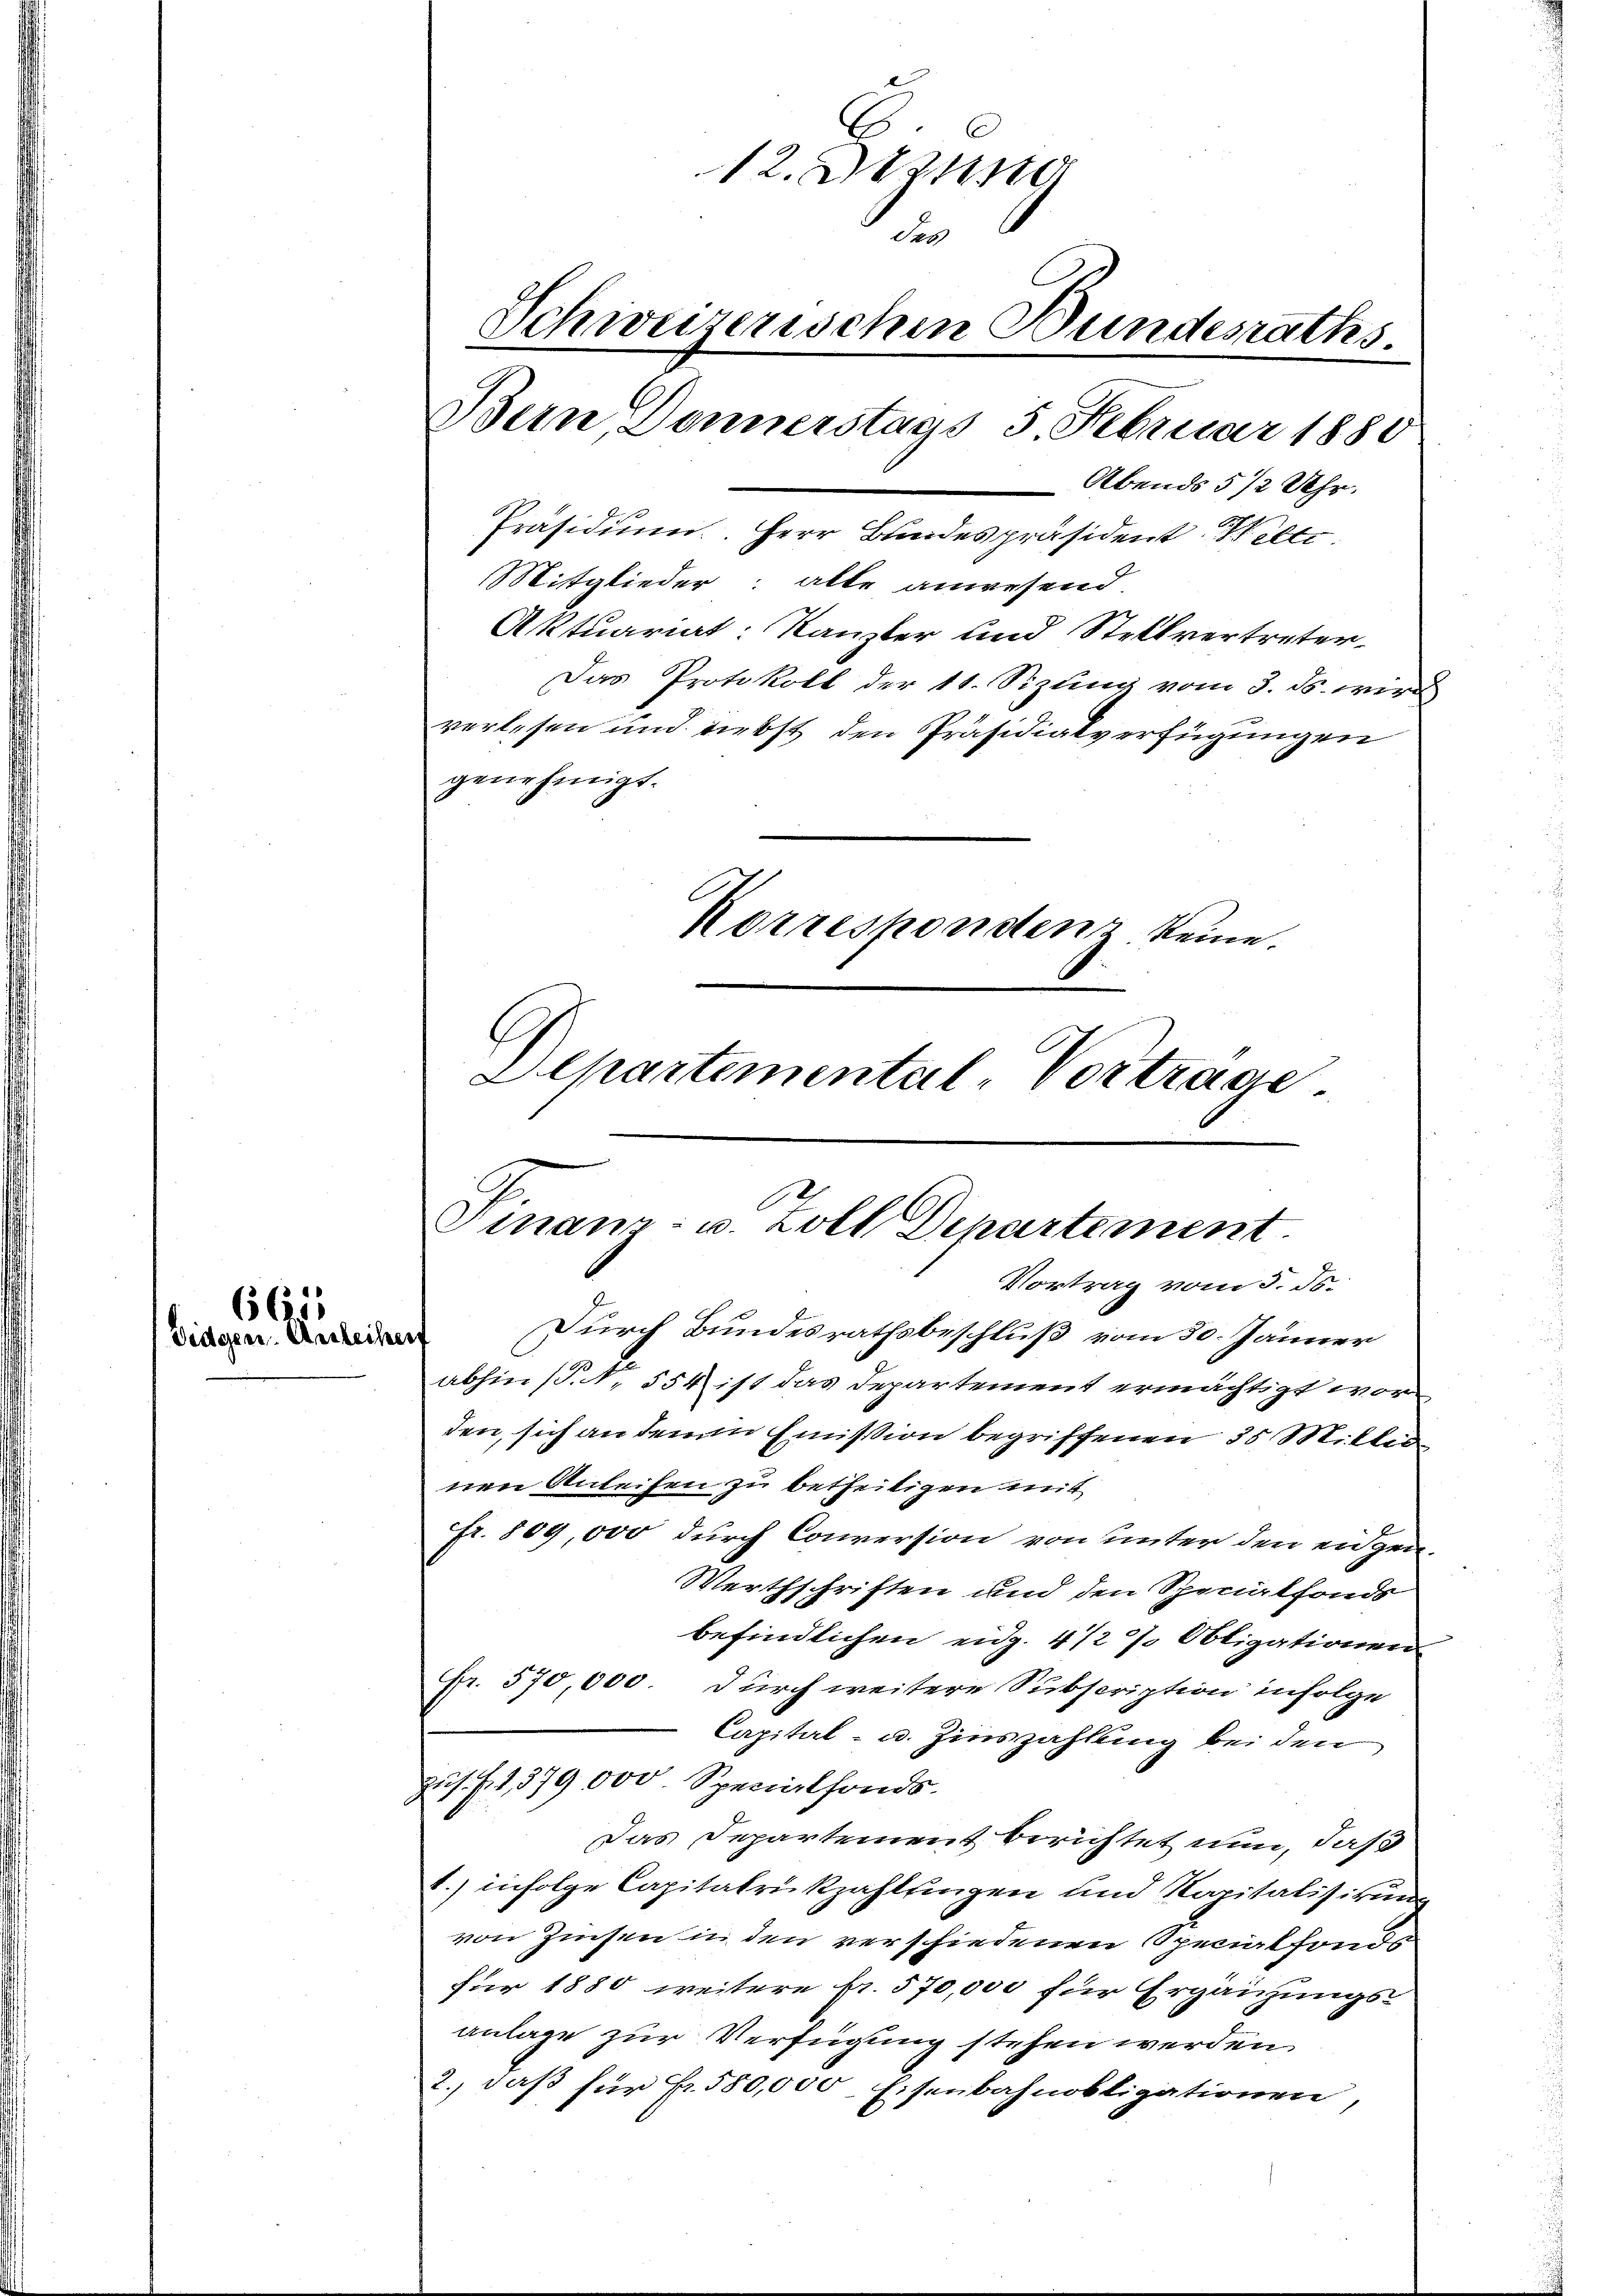
661
Vidgen. Anleiher

.
12. D
i
Schweizerischen Bundesraths.
Bern, Donnerstags 5. Februar 1880
Abends 5 1/2 Uhr.
Präsidium. Herr Bundespräsident Weltr
Mitglieder: alle anwesend.
Aktuariat: Kanzler und Stellvertreter
Das Protokoll der 11. Sizung vom 3. ds. wir
verlesen und Liebst den Präsidialverfügungen
genehmigt.
Korrespondenz keine.
.
Departemental-Vortrage

Finanz- u. Zoll Departement
Vortrag vom 5. d.
Durch Bundesrathsbeschluß vom 30. Jänner

abhin (P.N. 554 ist das Departement ermächtigt worden, sich an denen Emission begriffenen 35 Mitter
nen Anleihen zu betheiligen mit
fr. 809,000 durch Conversion von unter den eidgen.
Werthschriften und den Specialfonds
befindlichen eidg. 4127. Obligationen
Fr. 570,000. durch weitere Subscription infolge
Capital- u. Zinszahlung bei den
zus. f. 2, 379,000. Specialfonds.
Das Departement berichtet nun, daß
1.) infolge Capitalrükzahltingen und Kapitalisirung
von Zinsen in den verschiedenen Speciatfonds
für 1880 weitere pr. 570,000 für Ergänzungs-
anlage zur Verfügung stehen werden.
2., daß für Fr. 580,000 Eisenbahnobligationen,